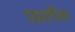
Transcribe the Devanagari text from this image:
फलँग